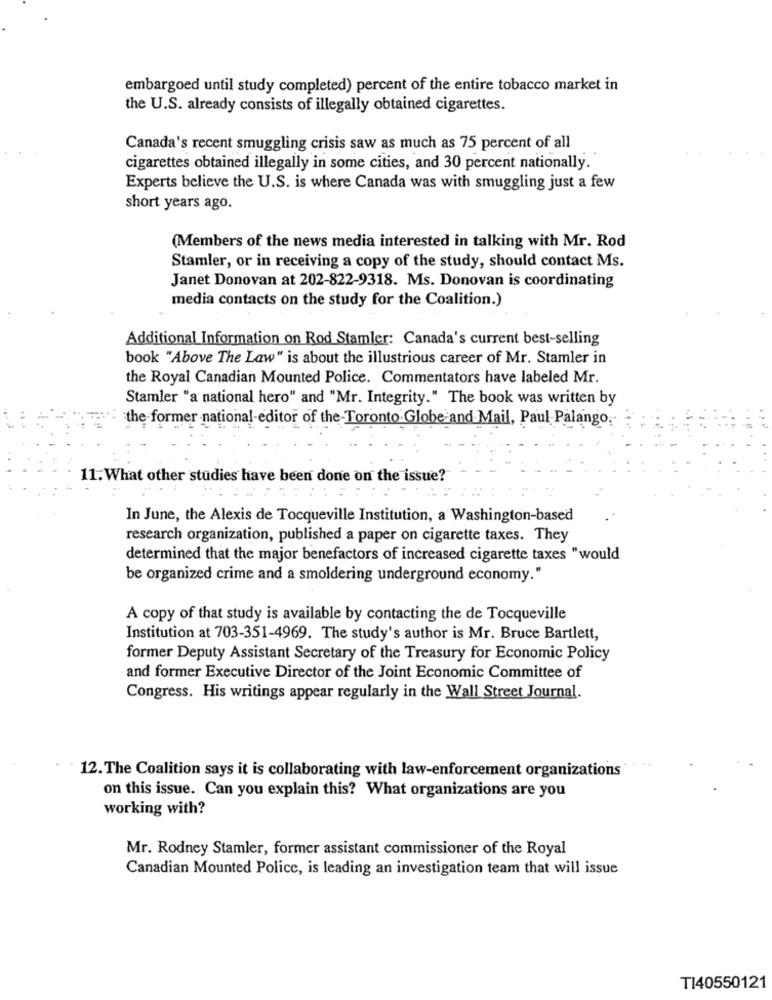
embargoed until study completed) percent of the entire tobacco market in
the U.S. already consists of illegally obtained cigarettes.
Canada's recent smuggling crisis saw as much as 75 percent of all
cigarettes obtained illegally in some cities, and 30 percent nationally.
Experts believe the U.S. is where Canada was with smuggling just a few
short years ago.
(Members of the news media interested in talking with Mr. Rod
Stamler, or in receiving a copy of the study, should contact Ms.
Janet Donovan at 202-822-9318. Ms. Donovan is coordinating
media contacts on the study for the Coalition.)
Additional Information on Rod Stamler: Canada's current best-selling
book "Above The Law" is about the illustrious career of Mr. Stamler in
the Royal Canadian Mounted Police. Commentators have labeled Mr.
Stamler "a national hero" and "Mr. Integrity." The book was written by
the former national-editor of the-Toronto Globe and Mail, Paul Palango.
11.What other studies have been done on the issue?
In June, the Alexis de Tocqueville Institution, a Washington-based
research organization, published a paper on cigarette taxes. They
determined that the major benefactors of increased cigarette taxes "would
be organized crime and a smoldering underground economy."
A copy of that study is available by contacting the de Tocqueville
Institution at 703-351-4969. The study's author is Mr. Bruce Bartlett,
former Deputy Assistant Secretary of the Treasury for Economic Policy
and former Executive Director of the Joint Economic Committee of
Congress. His writings appear regularly in the Wall Street Journal.
12.The Coalition says it is collaborating with law-enforcement organizations
on this issue. Can you explain this? What organizations are you
working with?
Mr. Rodney Stamler, former assistant commissioner of the Royal
Canadian Mounted Police, is leading an investigation team that will issue
T140550121